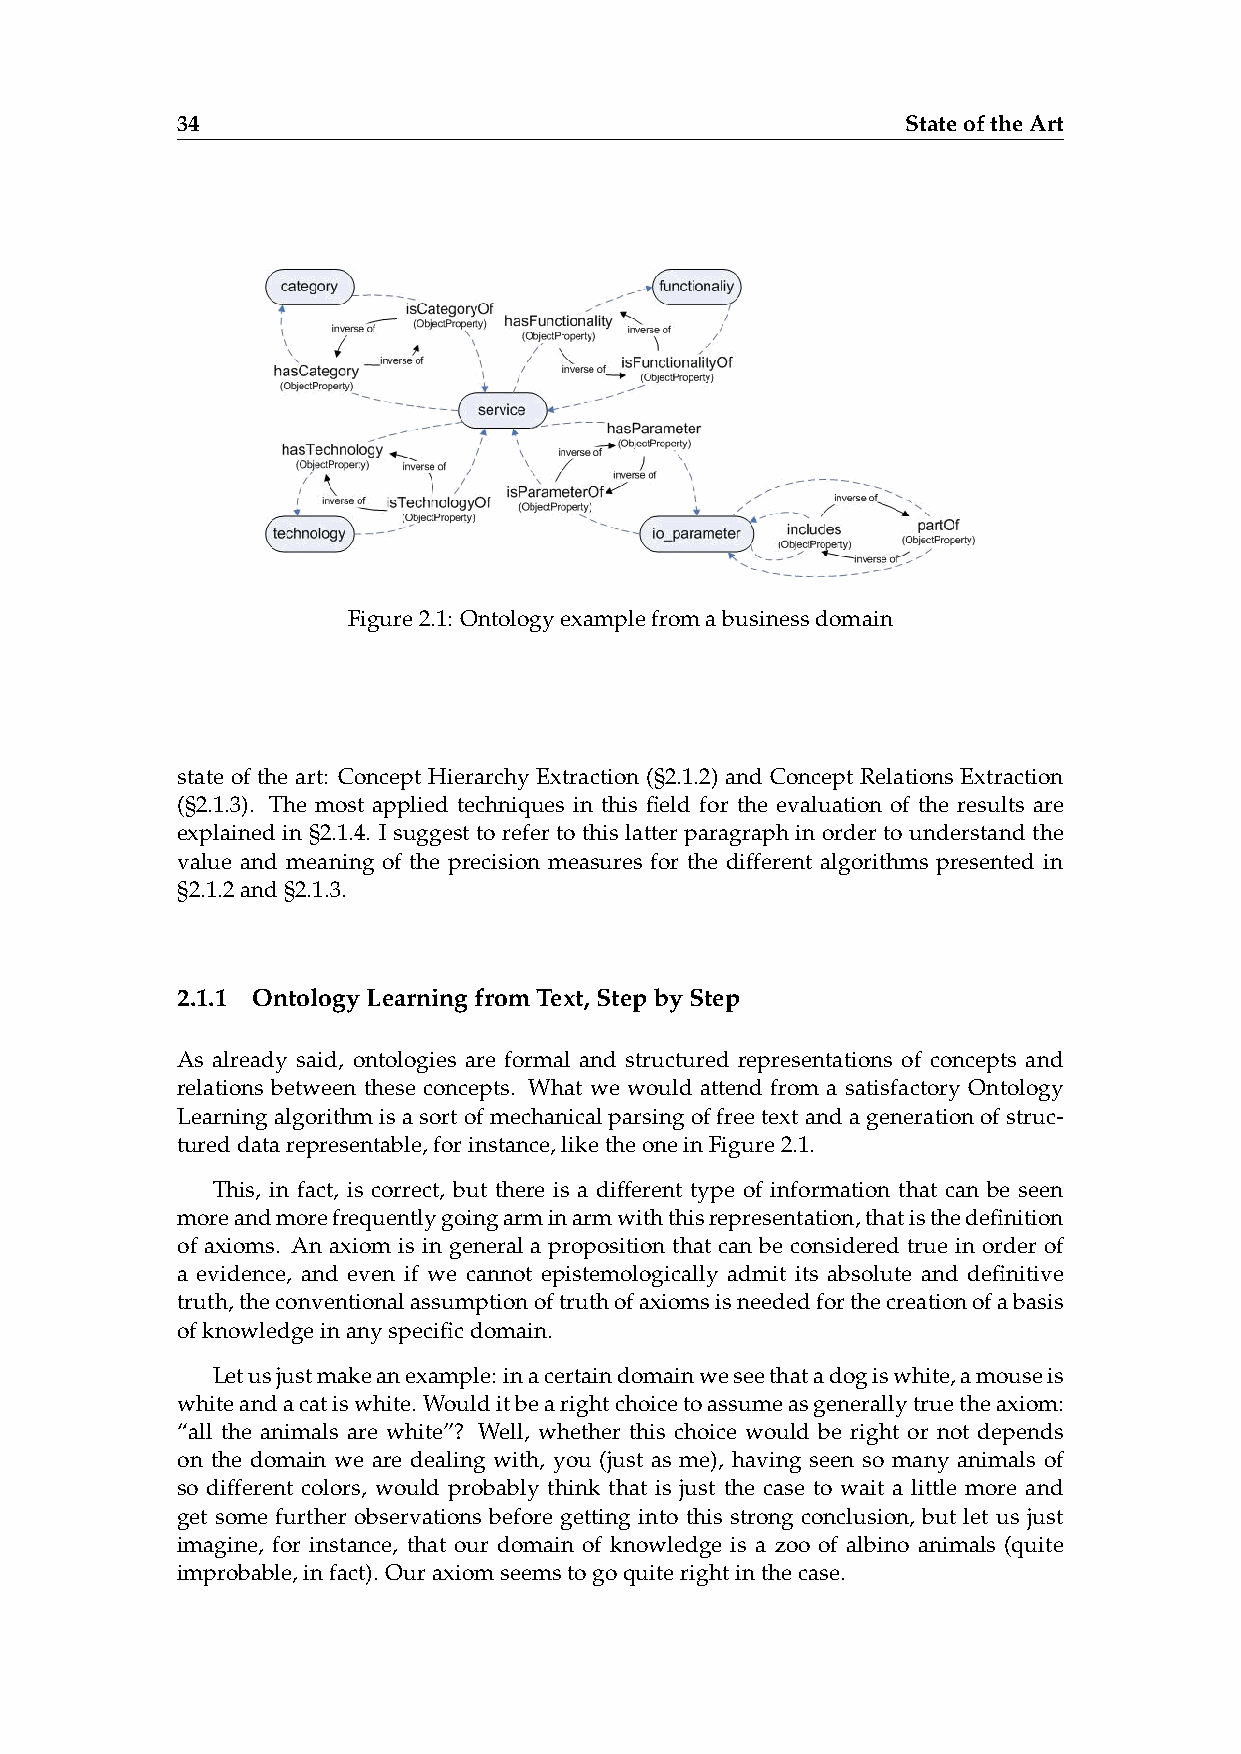
34                                              StateoftheArt
 Figure2.1: Ontologyexamplefromabusinessdomain
 state of the art: Concept Hierarchy Extraction (§2.1.2) and Concept Relations Extraction
 (§2.1.3). The most applied techniques in this field for the evaluation of the results are
 explained in §2.1.4. I suggest to refer to this latter paragraph in order to understand the
 value and meaning of the precision measures for the different algorithms presented in
 §2.1.2and§2.1.3.
 2.1.1 OntologyLearningfromText,StepbyStep
 As already said, ontologies are formal and structured representations of concepts and
 relations between these concepts. What we would attend from a satisfactory Ontology
 Learningalgorithmisasortofmechanicalparsingoffreetextandagenerationofstruc-
 tureddatarepresentable,forinstance,liketheoneinFigure2.1.
 This, in fact, is correct, but there is a different type of information that can be seen
 moreandmorefrequentlygoingarminarmwiththisrepresentation,thatisthedefinition
 of axioms. An axiom is in general a proposition that can be considered true in order of
 a evidence, and even if we cannot epistemologically admit its absolute and definitive
 truth,theconventionalassumptionoftruthofaxiomsisneededforthecreationofabasis
 ofknowledgeinanyspecificdomain.
 Letusjustmakeanexample: inacertaindomainweseethatadogiswhite,amouseis
 whiteandacatiswhite. Woulditbearightchoicetoassumeasgenerallytruetheaxiom:
 “all the animals are white”? Well, whether this choice would be right or not depends
 on the domain we are dealing with, you (just as me), having seen so many animals of
 so different colors, would probably think that is just the case to wait a little more and
 get some further observations before getting into this strong conclusion, but let us just
 imagine, for instance, that our domain of knowledge is a zoo of albino animals (quite
 improbable,infact). Ouraxiomseemstogoquiterightinthecase.